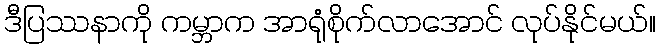
ဒီပြဿနာကို ကမ္ဘာက အာရုံစိုက်လာအောင် လုပ်နိုင်မယ်။